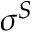
\sigma ^ { S }